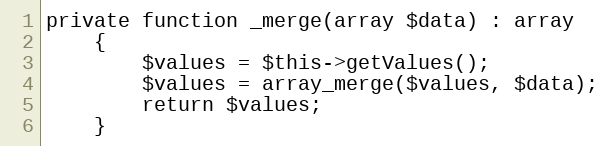
Language: PHP
private function _merge(array $data) : array
    {
        $values = $this->getValues();
        $values = array_merge($values, $data);
        return $values;
    }